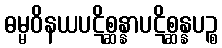
ဓမ္မဝိနယပဋိစ္ဆန္နာပဋိစ္ဆန္နပဉ္စ